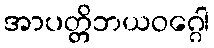
အာပတ္တိဘယဝဂ္ဂေါ